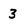
Character: 3